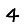
Digit: 4